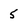
Character: 5